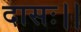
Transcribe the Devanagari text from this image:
दासः।।